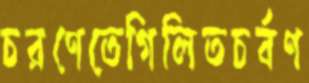
চরণেতেগিলিতচর্বণ